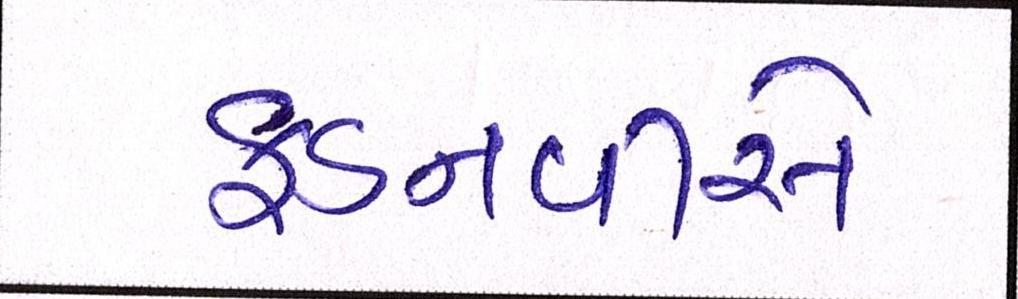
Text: ફડનવીસે